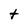
Character: t